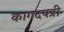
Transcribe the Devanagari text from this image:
कागदपत्री